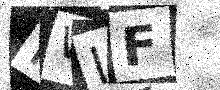
Text: NWIF